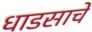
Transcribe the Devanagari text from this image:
धाडसाचे